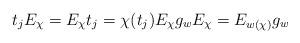
LaTeX: \begin{align*} t_j E_\chi = E_\chi t_j = \chi(t_j)E_\chi g_wE_\chi = E_{w(\chi)}g_w\end{align*}